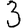
Digit: 3